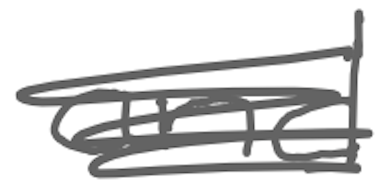
Text: and
Cross-out: scratch
Writing tool: digital_gray